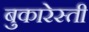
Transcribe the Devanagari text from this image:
बुकारेस्ती